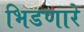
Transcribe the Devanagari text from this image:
भिडणारे